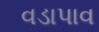
વડાપાવ